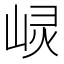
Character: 𱛰